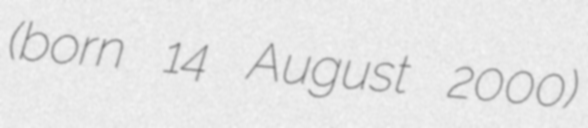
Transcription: (born 14 August 2000)